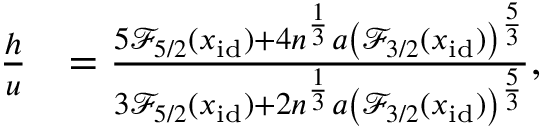
\begin{array} { r l } { \frac { h } { u } } & { = \frac { 5 \mathcal { F } _ { 5 / 2 } ( x _ { \mathrm { i d } } ) + 4 n ^ { \frac { 1 } { 3 } } a \left( \mathcal { F } _ { 3 / 2 } ( x _ { \mathrm { i d } } ) \right) ^ { \frac { 5 } { 3 } } } { 3 \mathcal { F } _ { 5 / 2 } ( x _ { \mathrm { i d } } ) + 2 n ^ { \frac { 1 } { 3 } } a \left( \mathcal { F } _ { 3 / 2 } ( x _ { \mathrm { i d } } ) \right) ^ { \frac { 5 } { 3 } } } , } \end{array}